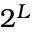
2 ^ { L }